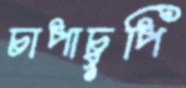
চাপাচুপি